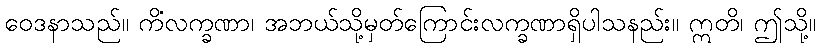
ဝေဒနာသည်။ ကိံလက္ခဏာ၊ အဘယ်သို့မှတ်ကြောင်းလက္ခဏာရှိပါသနည်း။ ဣတိ၊ ဤသို့။